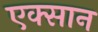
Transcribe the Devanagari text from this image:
एक्सान